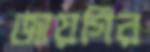
জায়গির